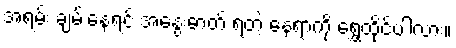
အရမ်း ချမ်းနေရင် အနွေးဓာတ် ရတဲ့ နေရာကို ရွှေ့ထိုင်ပါလား။